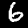
Label: 6